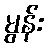
မွန်း